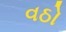
વઠો